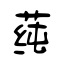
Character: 莼